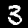
Digit: 3